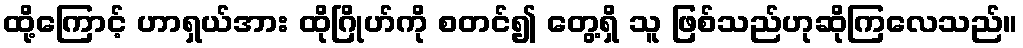
ထို့ကြောင့် ဟာရှယ်အား ထိုဂြိုဟ်ကို စတင်၍ တွေ့ရှိ သူ ဖြစ်သည်ဟုဆိုကြလေသည်။